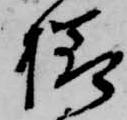
様